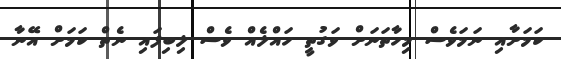
ކަމަށާއި ނަމަވެސް މިހާތަނަށް ވަގުތީ ހައްލެއް ވެސް ލިބިފައި ނެތް ކަމަށް އޭނާ